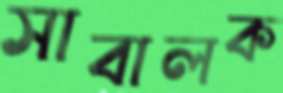
সাবালক